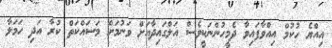
އިއްޔެ ހުކުމް އިއްވާފައިވާ ދެމީހުންނަކީވެސް އަލްގައިދާއަށް ވަނުމަށް މަސައްކަތް ކުރާ އަދި ހަމަލާ